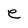
Character: e